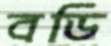
বডি